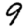
Digit: 9